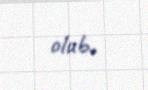
olub.